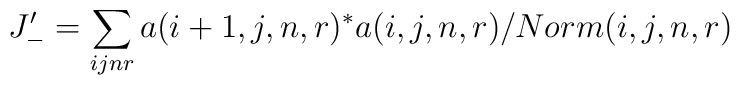
J_-'=\sum_{ijnr}a(i+1,j,n,r)^*a(i,j,n,r)/Norm(i,j,n,r)